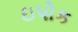
ઇપોક